Papers set at the Examination for Leaving Certificates, 1895
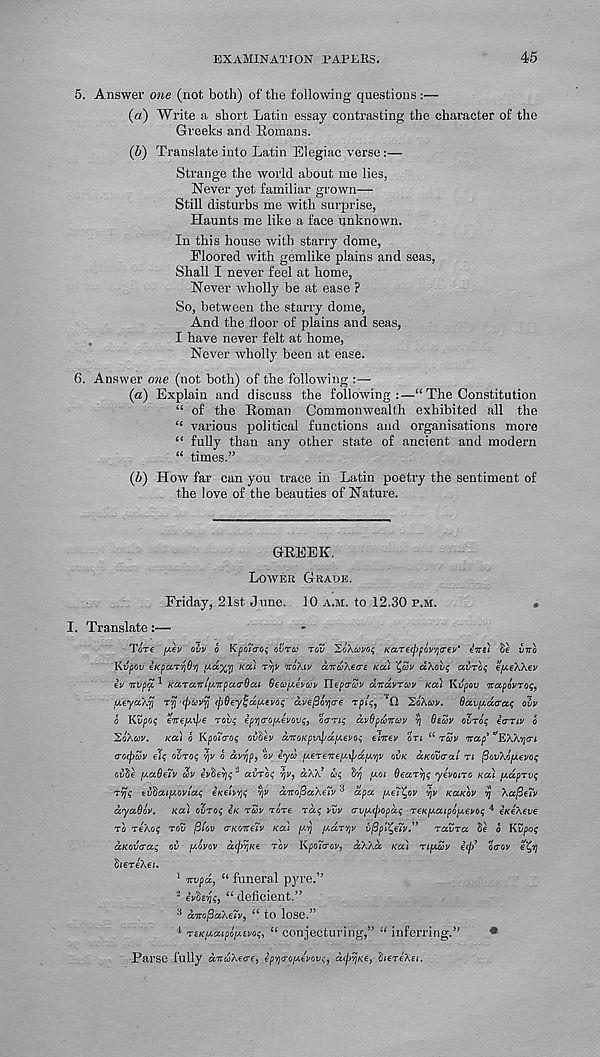
EXAMINATION PAPERS.
45
5. Answer one (not both) of the following questions :—
(a) Write a short Latin essay contrasting the character of the
Greeks and Romans.
(b) Translate into Latin Elegiac verse :—
Strange the world about me lies,
Never yet familiar grown—
Still disturbs me with surprise,
Haunts me like a face unknown.
In this house with starry dome,
Floored with gemlike plains and seas,
Shall I never feel at home,
Never wholly be at ease ?
So, between the starry dome,
And the floor of plains and seas,
I have never felt at home,
Never wholly been at ease.
6. Answer one (not both) of the following :—
{a) Explain and discuss the following:—“ The Constitution
“ of the Roman Commonwealth exhibited all the
“ various political functions and organisations more
“ fully than any other state of ancient and modern
“ times.”
(6) How far can you trace in Latin poetry the sentiment of
the love of the beauties of Nature.
GREEK.
Lower Grade.
Friday, 21st June. 10 a.m. to 12.30 p.m.
.
I. Translate:—
Tore /y.ev ovv 6 KpoTao; ovtco tou
KaTe^oV/jo'ev’ eirsl §e irna
Kvpov eKparyO'/j
Kd) Try rro/.tv airuXea-E Kai
avToi; e/xeAXev
ev tv pa. ^ KaraniaTpaa-Oat Be'oyJ'juv Utpo-vv dnavrccv Kai Kvpov Tapovrop,
y.eya/.p Trj (pwvrj (pBey^dyevop dve/So’/jcre Tplp, ’O
Bavyatrap ovv
o Kvpop eoreyipe roup iprjo'oyei/ovp, otTTip ccvBpu’ncov y)
ovrop etrriv o
XioKav. Kai o KpoTorop ov(Av cvKOKpvipd.y.&op e 1-kvv on “ t%v Trap' t/ E\X'/](ri
(TOrpav eip oinop ry o av'pp, ov eyco y.eTeirvyipuyry ovk uKOvaal ti fiovXoyevop
ovii' f. y.aBf.Tv wv hbeyp 1 avrop ry, aka up S') y-oi BvaTpp yevono Kai ydprvp
Trjp tvbaryovlap eKtirry pv airofiaXuv 3 apa y.etfyv ry Kabov p \af3e7v
ayaOov. Kai oZrop OK ruv Tore Tap ovv avyopopap TOKy.aipoyfTOp 4 eKOAOve
to To/.op tov fjiov c~kGitoi'v Kai pip piaTpv vpBpi'C^oivTaVTa o' o 0 Kvpop
uKorjtTap ov piovov dojiryo tov Kpotiroy, d/X.d Kai Ttyuv top' oa-ov o'^p
CtOTO/.Gt.
1 rrvpd, “ funeral pyre.”
2 ovZopp, “ deficient.”
3 aTrofiaXoTv, “ to lose.”
1 TtKy.aipoy.ivop, “ conjecturing,” “ inferring.”
*
Parse fully d-nuKoo-o, oppo-oyJvovy dcjipKO, 0LOT0Ail.